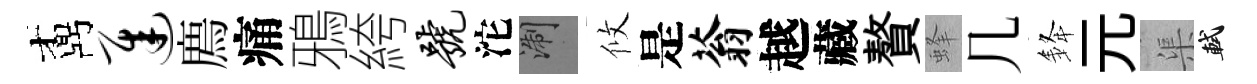
鼒迟廌痛鴉絝号沱浙攸是蓊越藏贅蜂几𨦟元渠軾